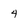
Character: 4